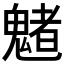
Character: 𩴀